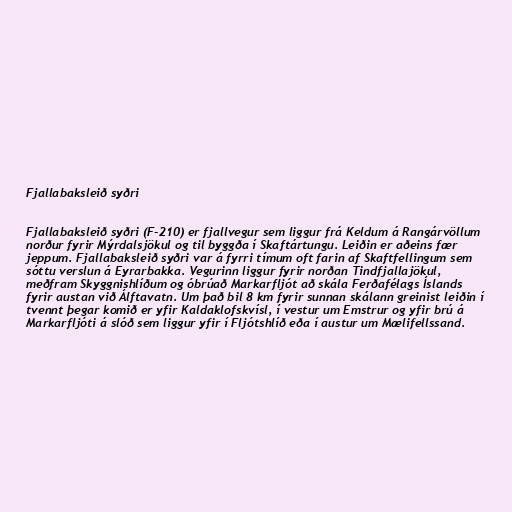
Fjallabaksleið syðri

Fjallabaksleið syðri (F-210) er fjallvegur sem liggur frá Keldum á Rangárvöllum
norður fyrir Mýrdalsjökul og til byggða í Skaftártungu. Leiðin er aðeins fær
jeppum. Fjallabaksleið syðri var á fyrri tímum oft farin af Skaftfellingum sem
sóttu verslun á Eyrarbakka. Vegurinn liggur fyrir norðan Tindfjallajökul,
meðfram Skyggnishlíðum og óbrúað Markarfljót að skála Ferðafélags Íslands
fyrir austan við Álftavatn. Um það bil 8 km fyrir sunnan skálann greinist leiðin í
tvennt þegar komið er yfir Kaldaklofskvísl, í vestur um Emstrur og yfir brú á
Markarfljóti á slóð sem liggur yfir í Fljótshlíð eða í austur um Mælifellssand.